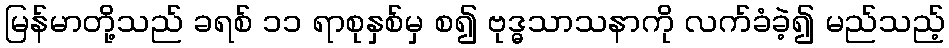
မြန်မာတို့သည် ခရစ် ၁၁ ရာစုနှစ်မှ စ၍ ဗုဒ္ဓသာသနာကို လက်ခံခဲ့၍ မည်သည့်